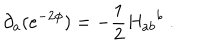
LaTeX: \partial _ { a } ( e ^ { - 2 \phi } ) = - \frac { 1 } { 2 } { H _ { a b } } ^ { b } \; .